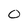
Character: 0